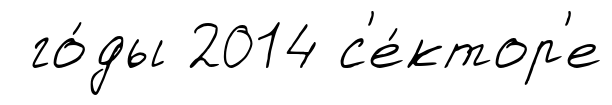
го́ды 2014 с'е́ктор'е